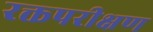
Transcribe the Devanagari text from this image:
रक्तपरीक्षण